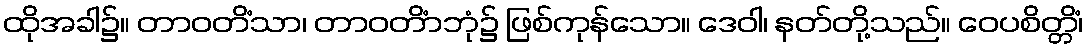
ထိုအခါ၌။ တာဝတိံသာ၊ တာဝတိံာဘုံ၌ ဖြစ်ကုန်သော။ ဒေဝါ၊ နတ်တို့သည်။ ဝေပစိတ္တိံ၊